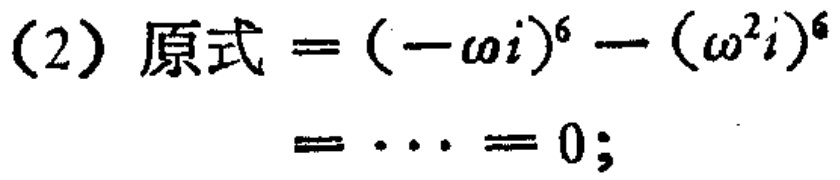
(2) 原式 \(=(-\omega i)^{6}-(\omega^{2}i)^{6}=\cdots = 0\);